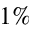
1 \%